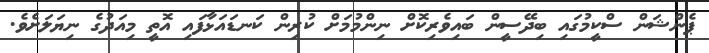
ޕެންޝަން ސްކީމުގައި ބިދޭސީން ބައިވެރިކޮށް ނިންމުމަށް ކުރިން ކަނޑައަޅާފައި އޮތީ މިއަދުގެ ނިޔަލަށެވެ.